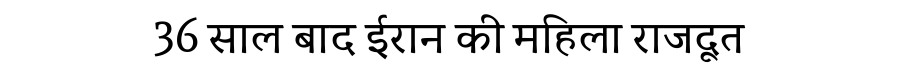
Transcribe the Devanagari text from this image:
36 साल बाद ईरान की महिला राजदूत